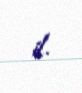
il.